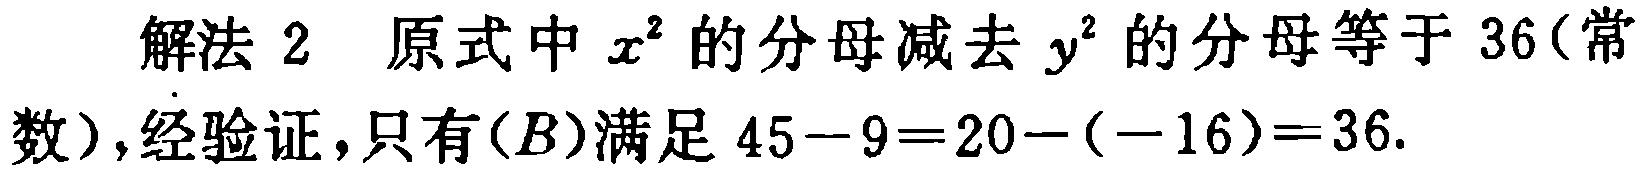
解法 2 原式中 \(x^{2}\) 的分母减去 \(y^{2}\) 的分母等于 \(36\)(常数),经验证，只有\((B)\)满足 \(45 - 9 = 20 - (-16)=36\).